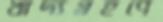
খাদ্যগ্রহণে